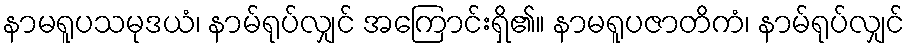
နာမရူပသမုဒယံ၊ နာမ်ရုပ်လျှင် အကြောင်းရှိ၏။ နာမရူပဇာတိကံ၊ နာမ်ရုပ်လျှင်